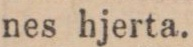
nes hjerta.